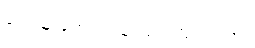
ရေးသူ တွေက သုံးသပ်ကြပါတယ်။